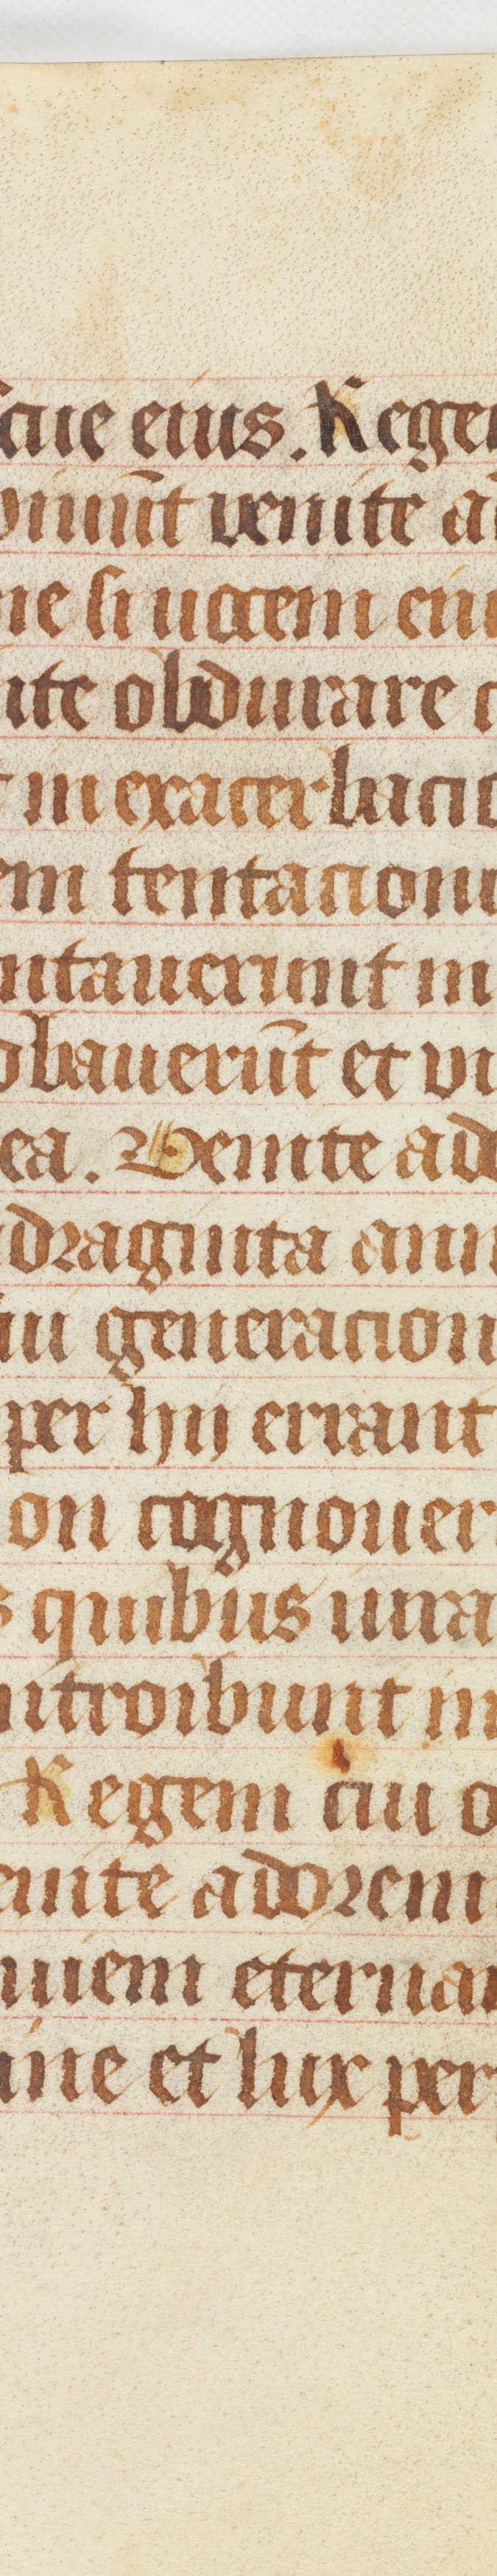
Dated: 1511–1520